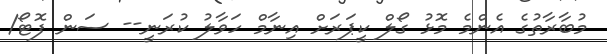
މުބާރާތުގެ އެންމެ މޮޅު ގޯލް ކީޕަރަށް އިނާމް ހަވާލު ކުރަނީ-- ސަން ފޮޓޯ/